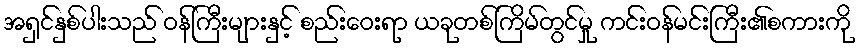
အရှင်နှစ်ပါးသည် ဝန်ကြီးများနှင့် စည်းဝေးရာ ယခုတစ်ကြိမ်တွင်မှု ကင်းဝန်မင်းကြီး၏စကားကို